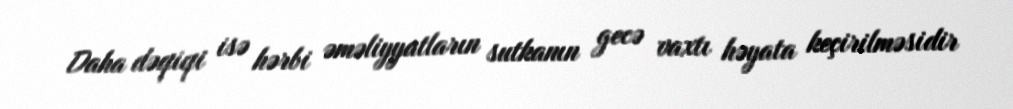
Daha dəqiqi isə hərbi əməliyyatların sutkanın gecə vaxtı həyata keçirilməsidir